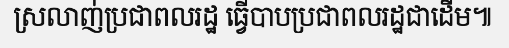
ស្រលាញ់ប្រជាពលរដ្ឋ ធ្វើបាបប្រជាពលរដ្ឋជាដើម៕